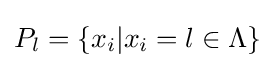
P_{l}=\{x_{i}|x_{i}=l\in \Lambda \}